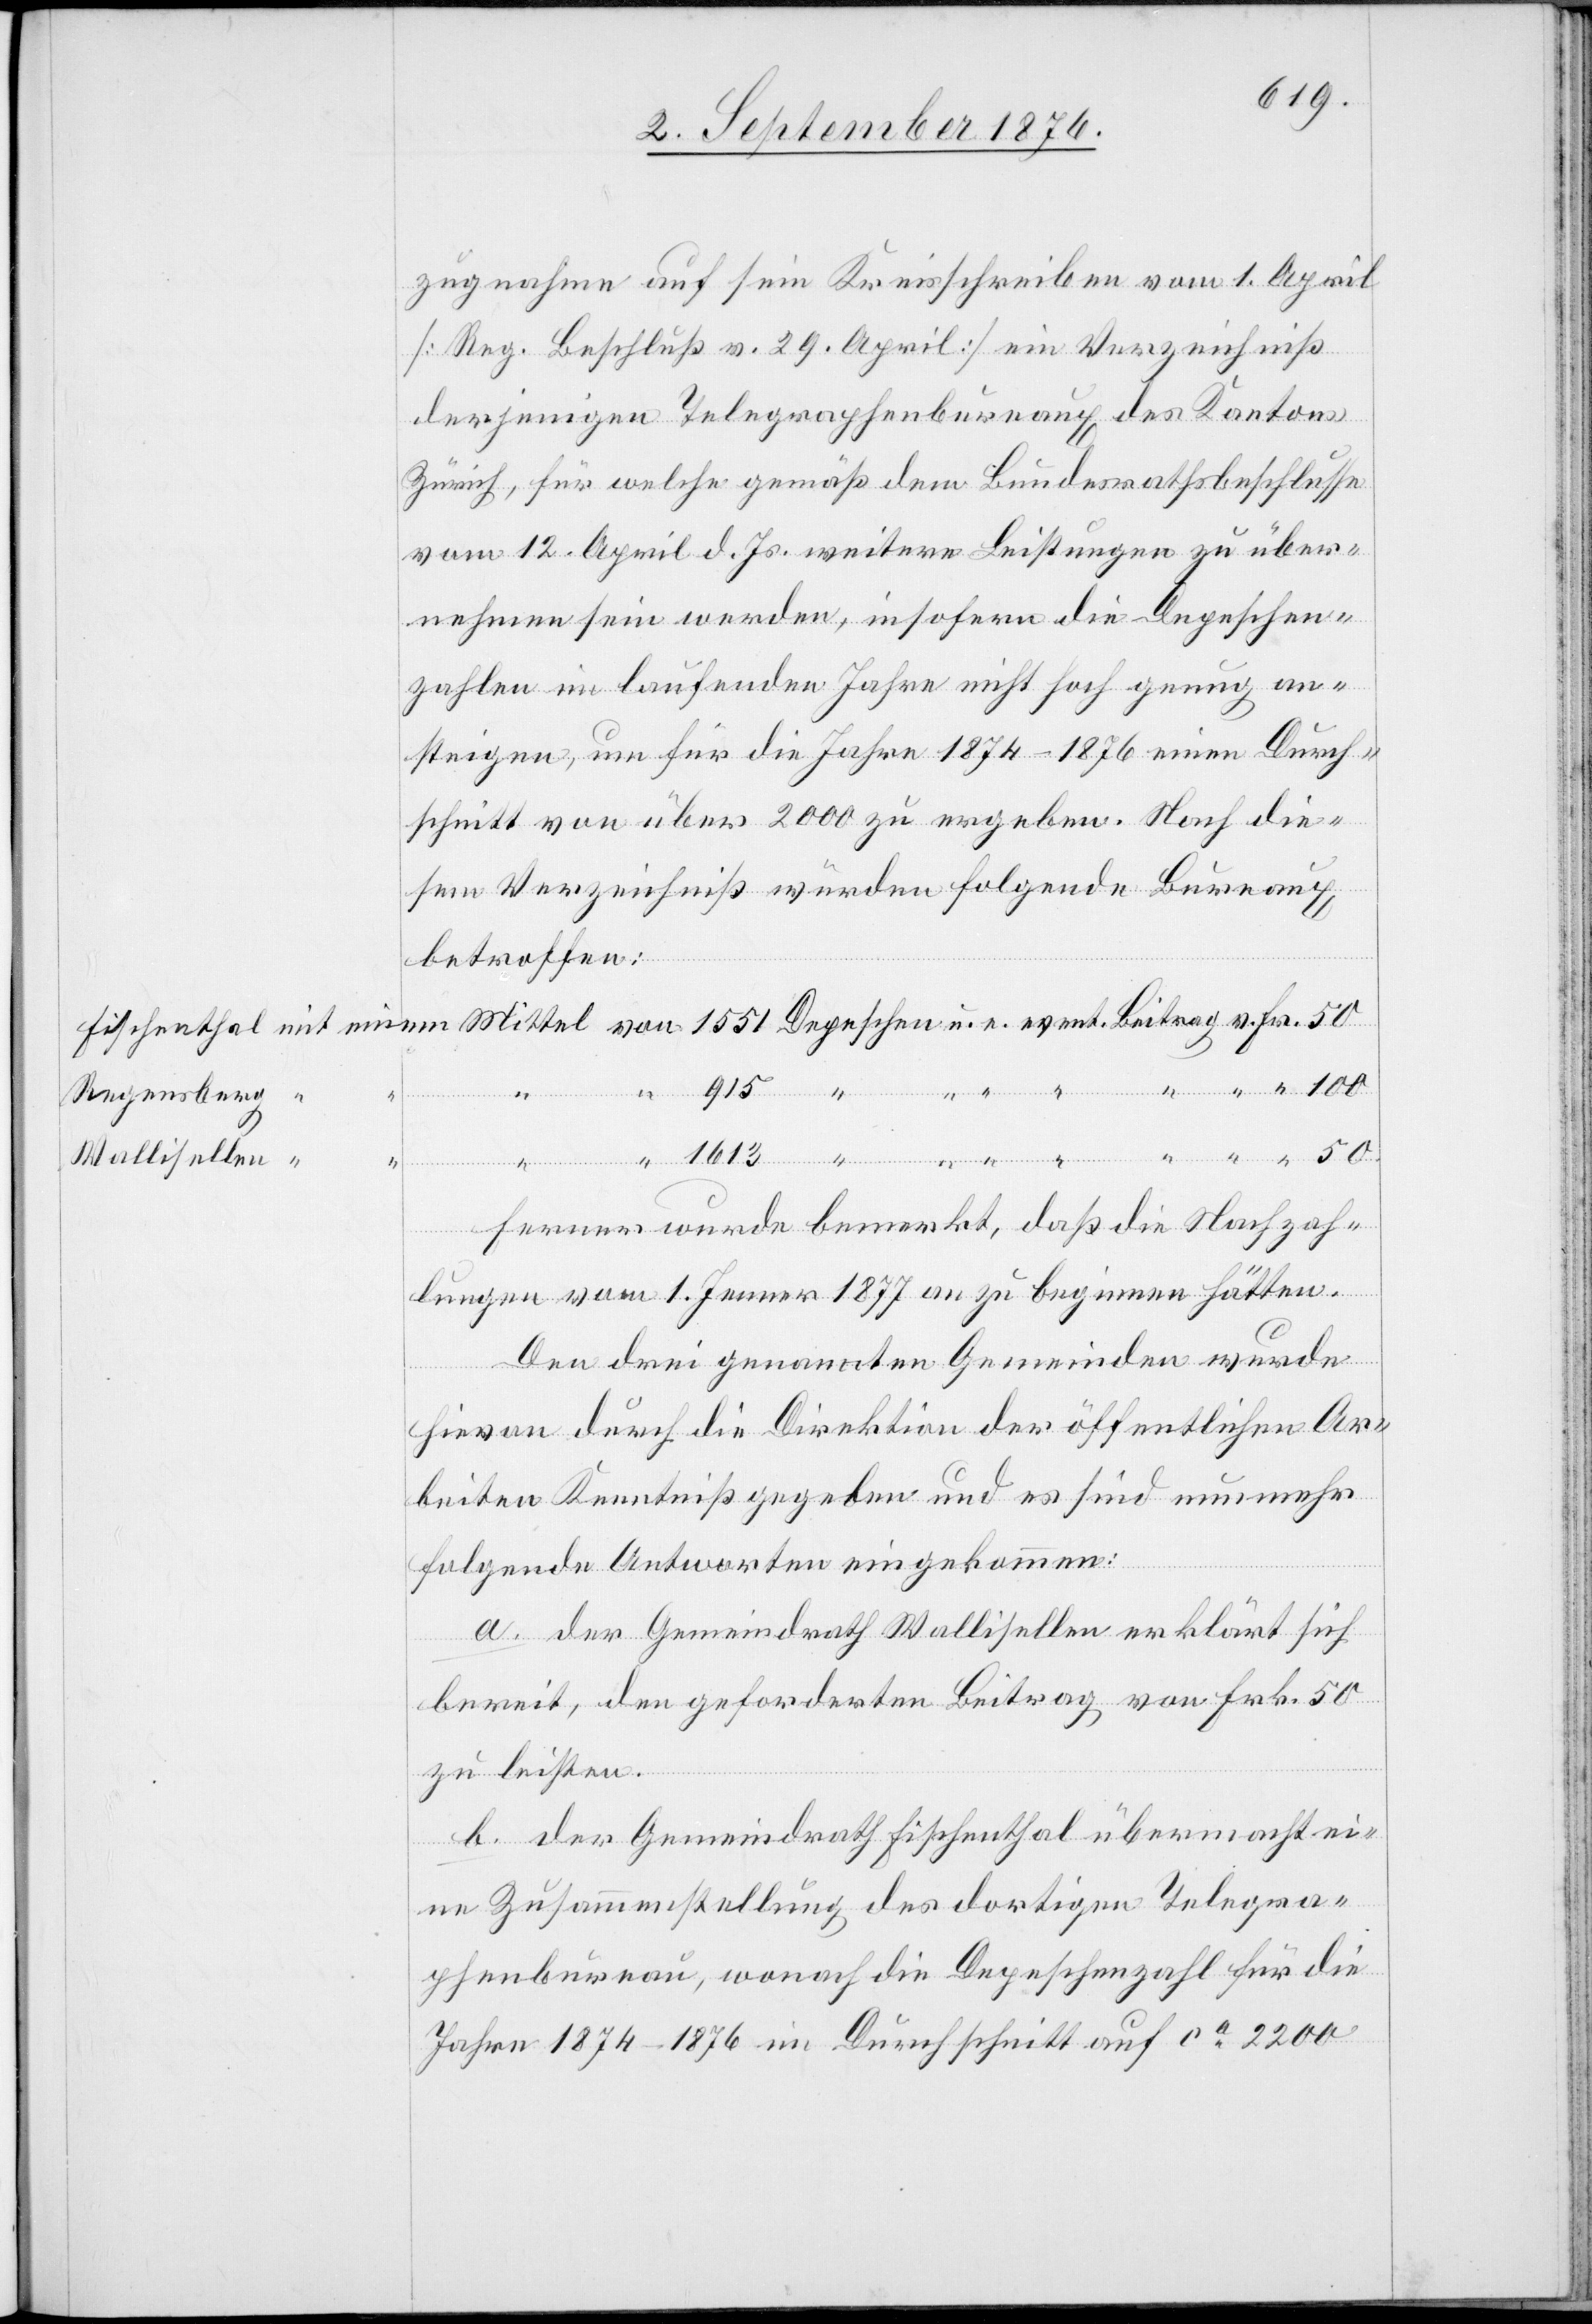
zugnahme auf sein Kreisschreiben vom 1. April
[Reg. Beschluß v. 29. April] ein Verzeichniß
derjenigen Telegraphenbureaux des Kantons
Zürich, für welche gemäß dem Bundesrathsbeschlusse
vom 12. April d. Js. weitere Leistungen zu über¬
nehmen sein werden, insofern die Depeschen¬
zahlen im laufenden Jahre nicht hoch genug an¬
steigen, um für die Jahre 1874–1876 einen Durch¬
schnitt von über 2000 zu ergeben. Nach die¬
sem Verzeichniß wurden folgende Bureaux
betroffen:
von
Fr.
50
Regensberg
Wallisellen
Depeschen
Ferner wurde bemerkt, daß die Nachzah¬
lungen vom 1. Jenner 1877 an zu beginnen hätten.
Den drei genannten Gemeinden wurde
hievon durch die Direktion der öffentlichen Ar¬
beiten Kenntniß gegeben und es sind nunmehr
folgende Antworten eingekommen:
a. der Gemeindrath Wallisellen erklärt sich
bereit, den geforderten Beitrag von Frk. 50
zu leisten.
b. der Gemeindrath Fischenthal übermacht ei¬
Beitrag
ne Zusammenstellung des dortigen Telegra¬
phenbureau, wonach die Depeschenzahl für die
Jahre 1874–1876 im Durchschnitt auf ca 2200